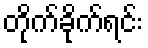
တိုက်ခိုက်ရင်း